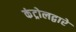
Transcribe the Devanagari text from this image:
कंट्रोलद्वारे